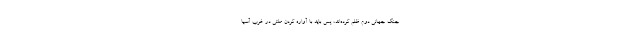
جنگ جهانی دوّم ظلم کرده‌اند، پس باید با آواره کردن ملّتی در غرب آسیا